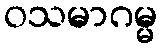
ဝသမာဂမ္မ